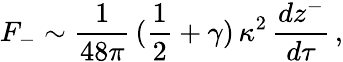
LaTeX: F_{-}\sim\frac{1}{48\pi}\, (\frac{1}{2}+\gamma)\, \kappa^{2}\, \frac{dz^{-}}{d\tau}\, ,